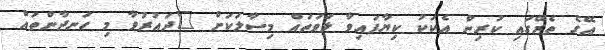
އޭގެ ތެރޭގައި ކުރިން އެކަކު ކިޔާފައިވާ ލަވަތައް މިސާލަކަށް "ދައުރުވާ މި ހަނދާންތައް